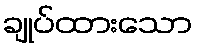
ချုပ်ထားသော